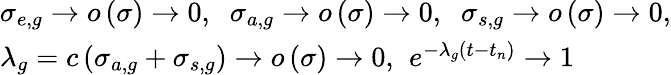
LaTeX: \begin{array}{l}{{\sigma_{e,g}\to o\left(\sigma\right)\to 0,\; \; \sigma_{a,g}\to o\left(\sigma\right)\to 0,\; \; \sigma_{s,g}\to o\left(\sigma\right)\to 0,}}\\ {{\lambda_{g}=c\left(\sigma_{a,g}+\sigma_{s,g}\right)\to o\left(\sigma\right)\to\mathrm{0,}\; \; e^{-\lambda_{g}\left(t-t_{n}\right)}\to 1}}\end{array}